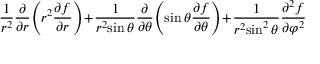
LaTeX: { \frac { 1 } { r ^ { 2 } } } { \frac { \partial } { \partial r } } \! \left( r ^ { 2 } { \frac { \partial f } { \partial r } } \right) \! + \! { \frac { 1 } { r ^ { 2 } \! \sin \theta } } { \frac { \partial } { \partial \theta } } \! \left( \sin \theta { \frac { \partial f } { \partial \theta } } \right) \! + \! { \frac { 1 } { r ^ { 2 } \! \sin ^ { 2 } \theta } } { \frac { \partial ^ { 2 } f } { \partial \varphi ^ { 2 } } }